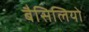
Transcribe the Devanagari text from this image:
बैसिलियो